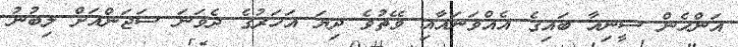
އަންހެން ސީނިއާ ބައިގެ އެއްވަނައާއި ވޭތުވެ ދިޔަ އަހަރުގެ ދެވަނަ ސަޖަންއަށް ލިބުނު